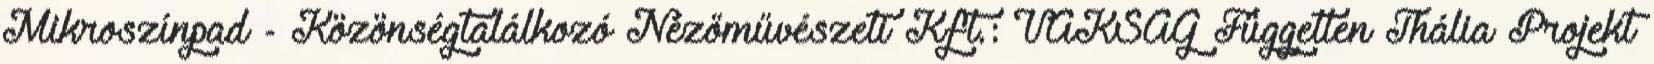
Mikroszínpad - Közönségtalálkozó Nézőművészeti Kft.: VAKSÁG Független Thália Projekt